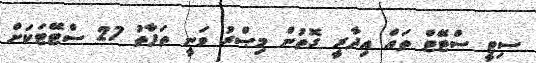
ސިޓީ ސްޓޭޓް ތައް އިދާރީ ގޮތުން މިޞްރު ވަނީ ތަފާތު 27 ސްޓޭޓަކަށް